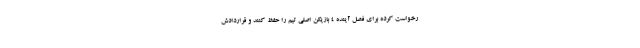
رخواست کرده برای فصل آینده 4 بازیکن اصلی تیم را حفظ کنند و قراردادش